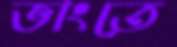
ভাংতে